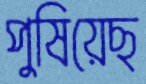
পুষিয়েছ